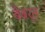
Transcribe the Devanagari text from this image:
बेबर्त